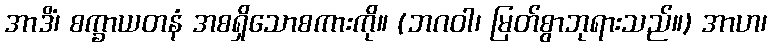
အာဒိံ၊ စက္ခာယတနံ အစရှိသောစကားကို။ (ဘဂဝါ၊ မြတ်စွာဘုရားသည်။) အာဟ၊